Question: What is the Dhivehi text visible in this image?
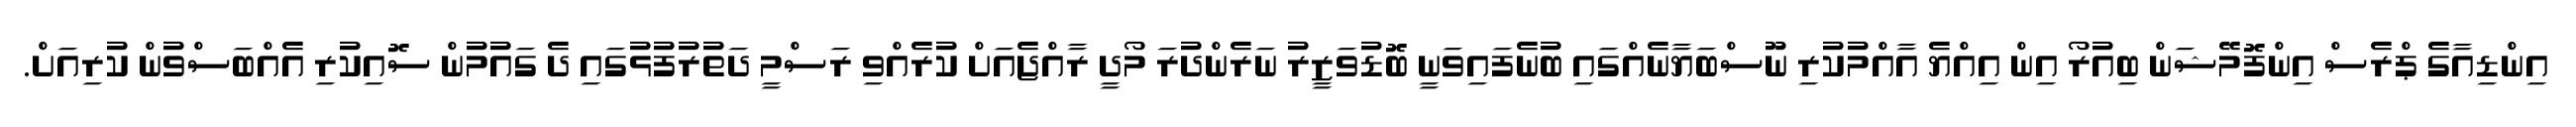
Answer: އިންޑިއާގެ ޕްރެސް އިންފޮމޭޝަން ބިއުރޯ އިން އިއްޔެ އާއްމުކުރި ނޫސްބަޔާނެއްގައި ބުނެފައިވަނީ ބޮޑުވަޒީރު ނަރެންދުރަ މޯދީ ރާއްޖެއަށް ކުރެއްވި ރަސްމީ ދަތުރުފުޅުގައި ދެ ގައުމުން ސޮއިކުރި އެއްބަސްވުން ކުރިއަށް.